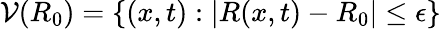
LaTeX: \mathcal{V}(R_{0})=\{ (x,t):|R(x,t)-R_{0}|\leq\epsilon\}